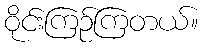
ဝိုင်းကြဉ်ကြတယ်။